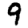
Digit: 9